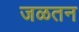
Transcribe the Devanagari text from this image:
जळतन